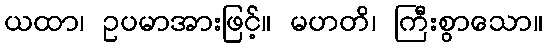
ယထာ၊ ဥပမာအားဖြင့်။ မဟတိ၊ ကြီးစွာသော။